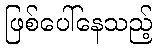
ဖြစ်ပေါ်နေသည့်